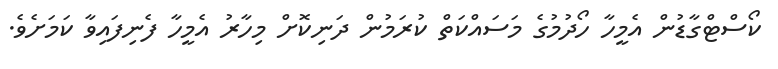
ކޯސްޓްގާޑުން އެމީހާ ހޯދުމުގެ މަސައްކަތް ކުރަމުން ދަނިކޮށް މިހާރު އެމީހާ ފެނިފައިވާ ކަމަށެވެ.